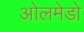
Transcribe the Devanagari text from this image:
ओलमेडो